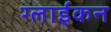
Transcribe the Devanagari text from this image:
ग्लाईकन